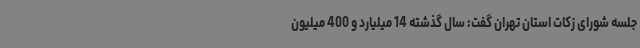
جلسه شورای زکات استان تهران گفت: سال گذشته 14 میلیارد و 400 میلیون